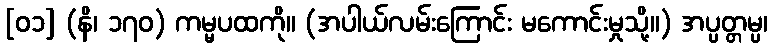
[၀၁] (နိ၊ ၁၇၀) ကမ္မပထကို။ (အပါယ်လမ်းကြောင်း မကောင်းမှုသို့။) အပ္ပတ္တမ္ပ၊